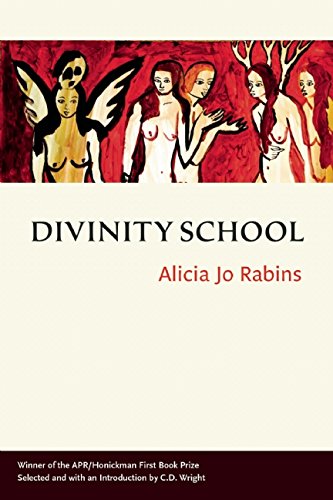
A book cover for Divinity School; Alicia Jo Rabins; Literature & Fiction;